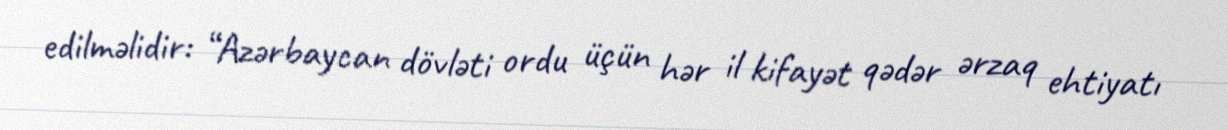
edilməlidir: “Azərbaycan dövləti ordu üçün hər il kifayət qədər ərzaq ehtiyatı